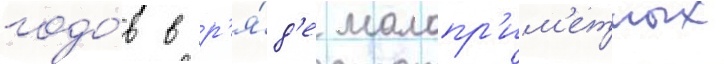
годо́в в р'я́д'е малопр'им'етных